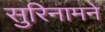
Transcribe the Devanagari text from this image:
सुरिनामने